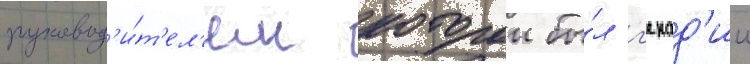
руковод'и́т'ел'ем которои бы́л г'енад'ии